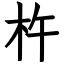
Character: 杵